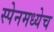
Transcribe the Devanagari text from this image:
स्पेनमध्येच